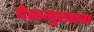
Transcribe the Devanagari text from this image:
देशमुखाचा